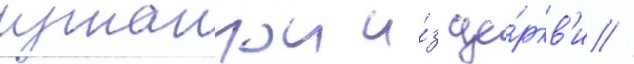
изгнаннои и́з це́ркв'и //